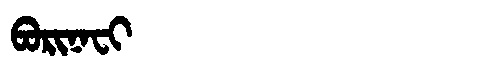
Manchu: ᠪᠣᡵᡳᠨᠠᠸᡳ
Romanization: BORINAFI